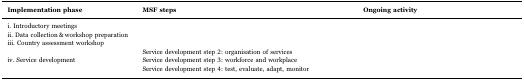
<table><thead><tr><td><b>Implementation phase</b></td><td><b>MSF steps</b></td><td><b>Ongoing activity</b></td></tr></thead><tbody><tr><td>i. Introductory meetings</td><td>[EMPTY_CELL]</td><td>[EMPTY_CELL]</td></tr><tr><td>ii. Data collection&amp;workshop preparation</td><td>[EMPTY_CELL]</td><td rowspan="5">[EMPTY_CELL]</td></tr><tr><td rowspan="2">iii. Country assessment workshop</td><td>[EMPTY_CELL]</td></tr><tr><td>Service development step 2: organisation of services</td></tr><tr><td rowspan="2">iv. Service development</td><td>Service development step 3: workforce and workplace</td></tr><tr><td>Service development step 4: test, evaluate, adapt, monitor</td></tr></tbody></table>